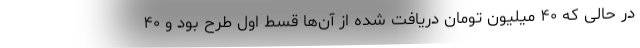
در حالی که ۴۰ میلیون تومان دریافت شده از آن‌ها قسط اول طرح بود و ۴۰